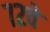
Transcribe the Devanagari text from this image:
७२वे